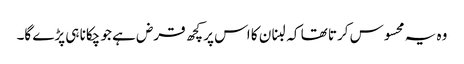
وہ یہ محسوس کرتا تھا کہ لبنان کا اس پر کچھ قرض ہے جو چکانا ہی پڑے گا۔